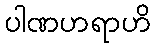
ပါဏဟရာဟိ